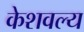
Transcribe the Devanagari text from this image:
केशवल्य